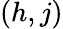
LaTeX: (h,j)